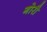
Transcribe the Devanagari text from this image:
गोरौ